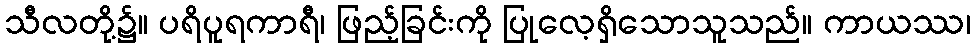
သီလတို့၌။ ပရိပူရကာရီ၊ ဖြည့်ခြင်းကို ပြုလေ့ရှိသောသူသည်။ ကာယဿ၊